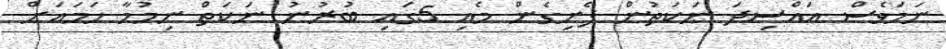
ނަމަވެސް އައްސިދަ ނަކަތުން ފެށިގެން މެއި 5ގައި ބުރުނު ނަކަތް ނިމުމާ ހަމައަށް